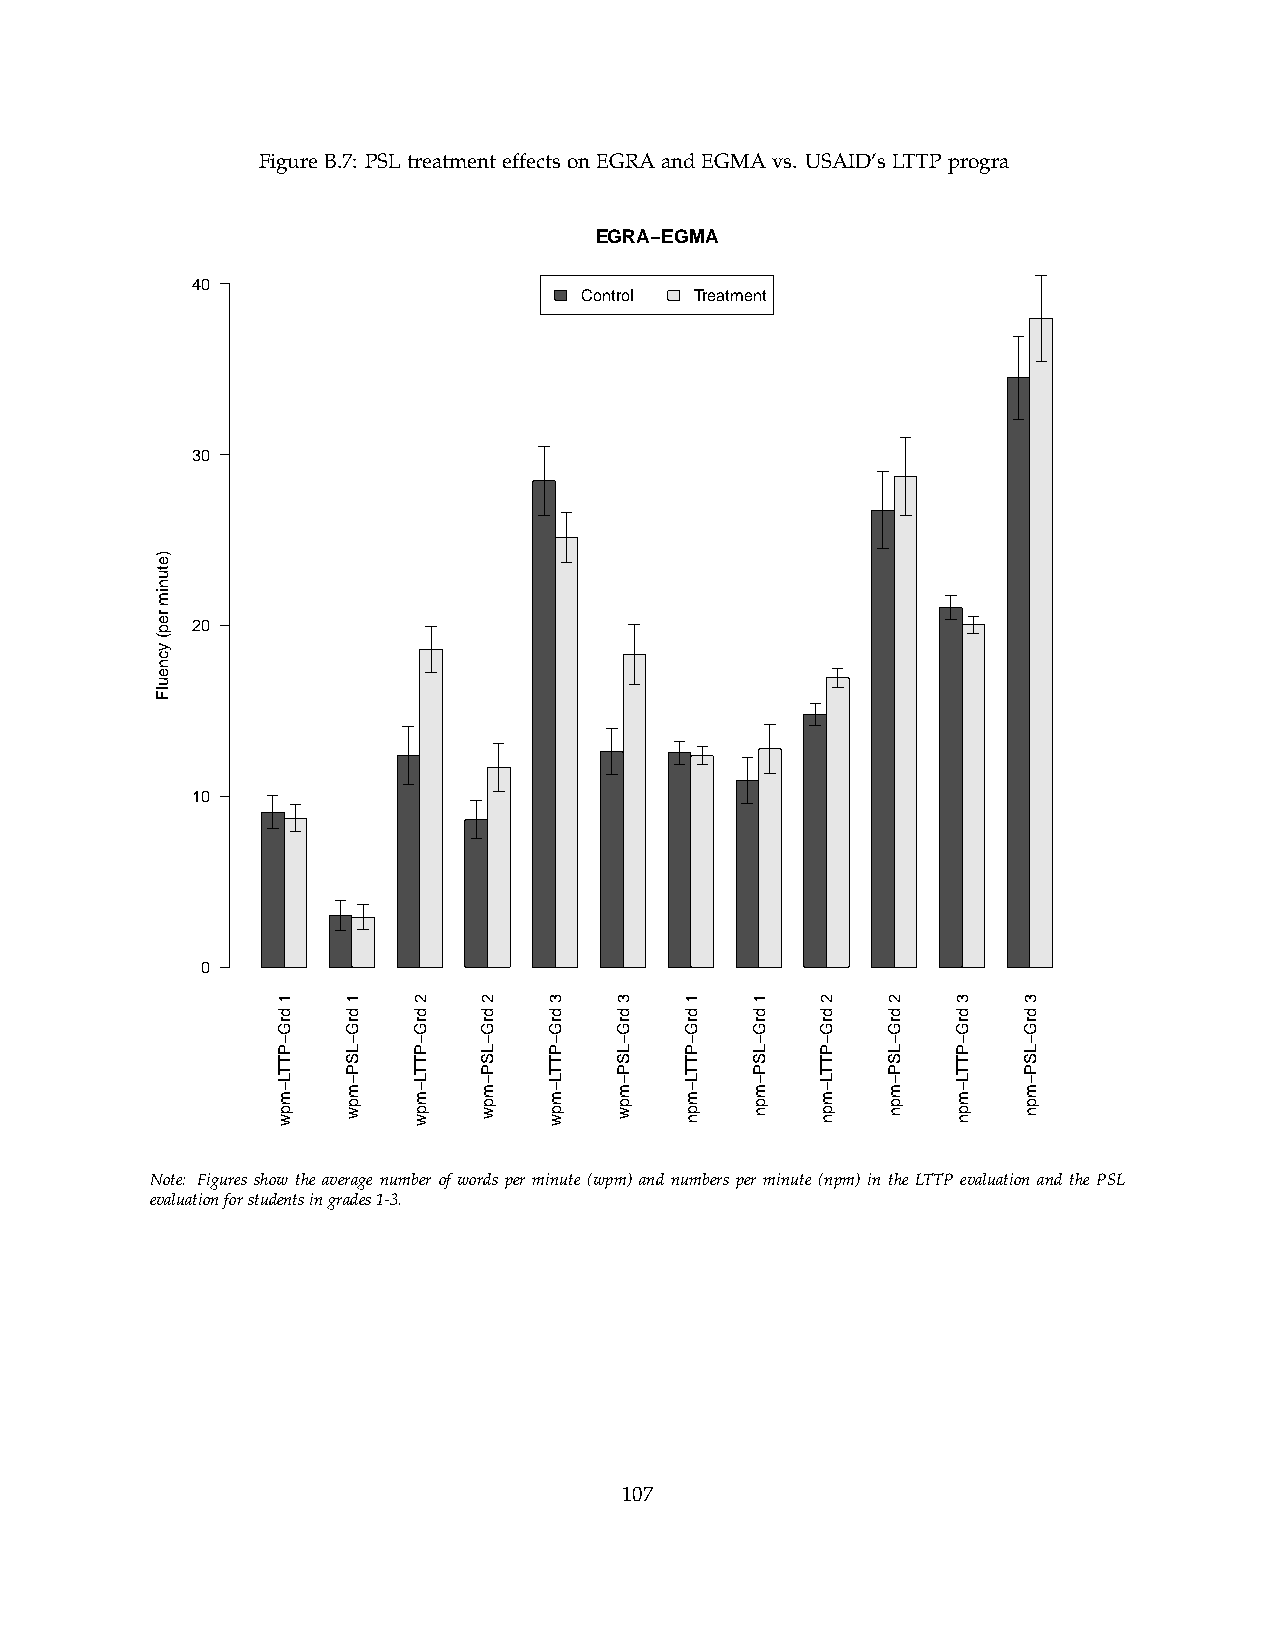
FigureB.7: PSLtreatmenteffectsonEGRAandEGMAvs. USAID’sLTTPprogra
 EGRA−EGMA
 40
 Control Treatment
 30
 20
 10
 0
 Note: Figures show the average number of words per minute (wpm) and numbers per minute (npm) in the LTTP evaluation and the PSL
 evaluationforstudentsingrades1-3.
 107
 )etunim
 rep(
 ycneulF
 1
 drG−PTTL−mpw
 1
 drG−LSP−mpw
 2
 drG−PTTL−mpw
 2
 drG−LSP−mpw
 3
 drG−PTTL−mpw
 3
 drG−LSP−mpw
 1
 drG−PTTL−mpn
 1
 drG−LSP−mpn
 2
 drG−PTTL−mpn
 2
 drG−LSP−mpn
 3
 drG−PTTL−mpn
 3
 drG−LSP−mpn